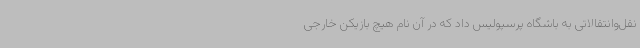
نقل‌وانتقالاتی به باشگاه پرسپولیس داد که در آن نام هیچ بازیکن خارجی